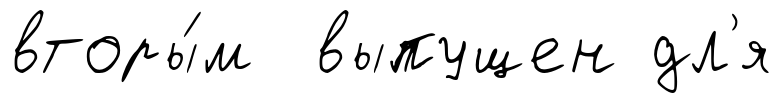
вторы́м выпущен дл'я